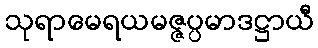
သုရာမေရယမဇ္ဇပ္ပမာဒဋ္ဌာယီ